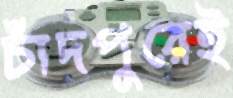
চাঁদপুরেই